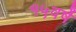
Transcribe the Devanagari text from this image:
१५वर्षे